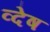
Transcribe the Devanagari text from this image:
व्देष